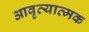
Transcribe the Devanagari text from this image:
आवृत्यात्मक